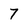
Character: 7